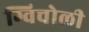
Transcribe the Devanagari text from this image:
ग्विचोली